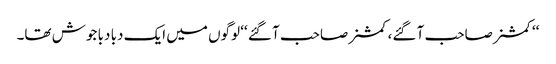
‘‘کمشنر صاحب آ گئے، کمشنر صاحب آ گئے ‘‘ لوگوں میں ایک دبا دبا جوش تھا۔